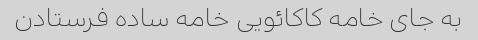
به جای خامه کاکائویی خامه ساده فرستادن